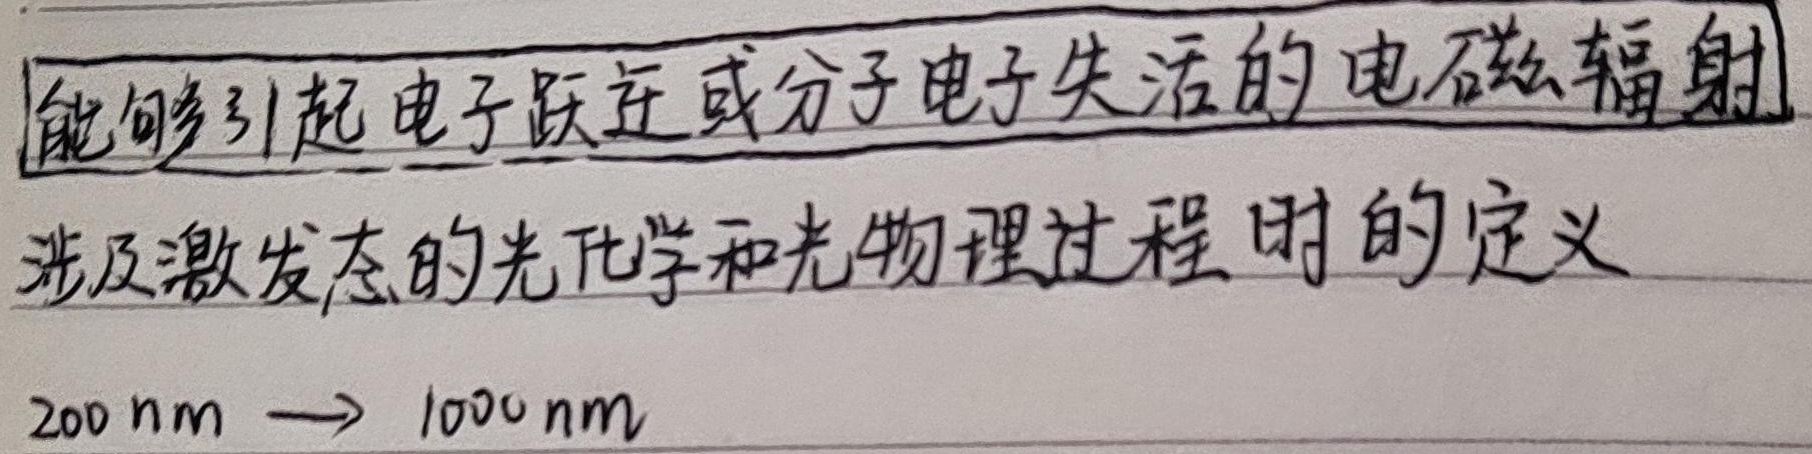
能够引起电子跃迁或分子电子失活的电磁辐射，涉及激发态的光化学和光物理过程时的定义：\(200\text{ nm}\to1000\text{ nm}\)